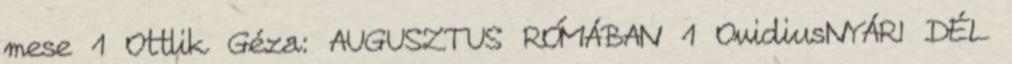
mese 1 Ottlik Géza: AUGUSZTUS RÓMÁBAN 1 OvidiusNYÁRI DÉL